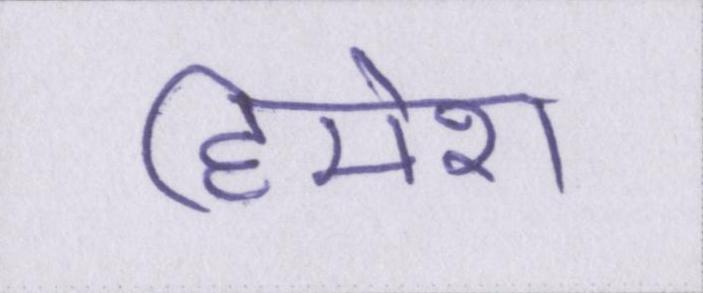
हिमेश